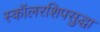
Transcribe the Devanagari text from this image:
स्कॉलरशिपसुद्धा